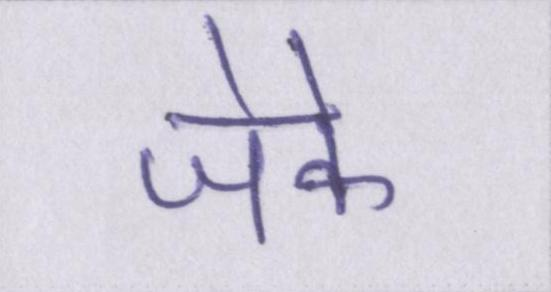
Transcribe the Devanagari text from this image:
जेके